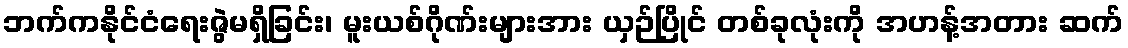
ဘက်ကနိုင်ငံရေးဇွဲမရှိခြင်း၊ မူးယစ်ဂိုဏ်းများအား ယှဉ်ပြိုင် တစ်ခုလုံးကို အဟန့်အတား ဆက်